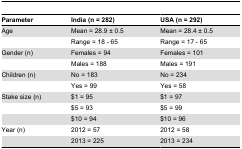
| Parameter | India (n = 282) | USA (n = 292) |
 | --- | --- | --- |
 | Age | Mean = 28.9 ± 0.5 | Mean = 28.4 ± 0.5 |
 |  | Range = 18 - 65 | Range = 17 - 65 |
 | Gender (n) | Females = 94 | Females = 101 |
 |  | Males = 188 | Males = 191 |
 | Children (n) | No = 183 | No = 234 |
 |  | Yes = 99 | Yes = 58 |
 | Stake size (n) | $1 = 95 | $1 = 97 |
 |  | $5 = 93 | $5 = 99 |
 |  | $10 = 94 | $10 = 96 |
 | Year (n) | 2012 = 57 | 2012 = 58 |
 |  | 2013 = 225 | 2013 = 234 |